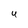
Character: U